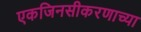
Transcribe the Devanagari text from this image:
एकजिनसीकरणाच्या